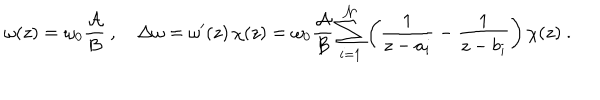
\omega ( z ) = \omega _ { 0 } { \frac { \cal A } { \cal B } } \ , \quad \Delta \omega = \omega ^ { \prime } ( z ) \, \chi ( z ) = \omega _ { 0 } { \frac { \cal A } { \cal B } } \sum _ { i = 1 } ^ { \cal N } \left( { \frac { 1 } { z - a _ { i } } } - { \frac { 1 } { z - b _ { i } } } \right) \chi ( z ) \ .